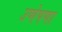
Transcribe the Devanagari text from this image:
उणेपणा